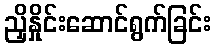
ညှိနှိုင်းဆောင်ရွက်ခြင်း